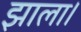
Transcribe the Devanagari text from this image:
झाला।